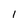
Character: 1